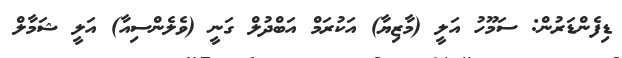
ޑިފެންޑަރުން: ސަމޫހު އަލީ (މާޒިޔާ) އަކުރަމް އަބްދުލް ގަނީ (ވެލެންސިއާ) އަލީ ޝަމާލް